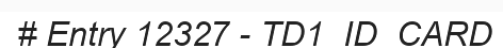
# Entry 12327 - TD1_ID_CARD